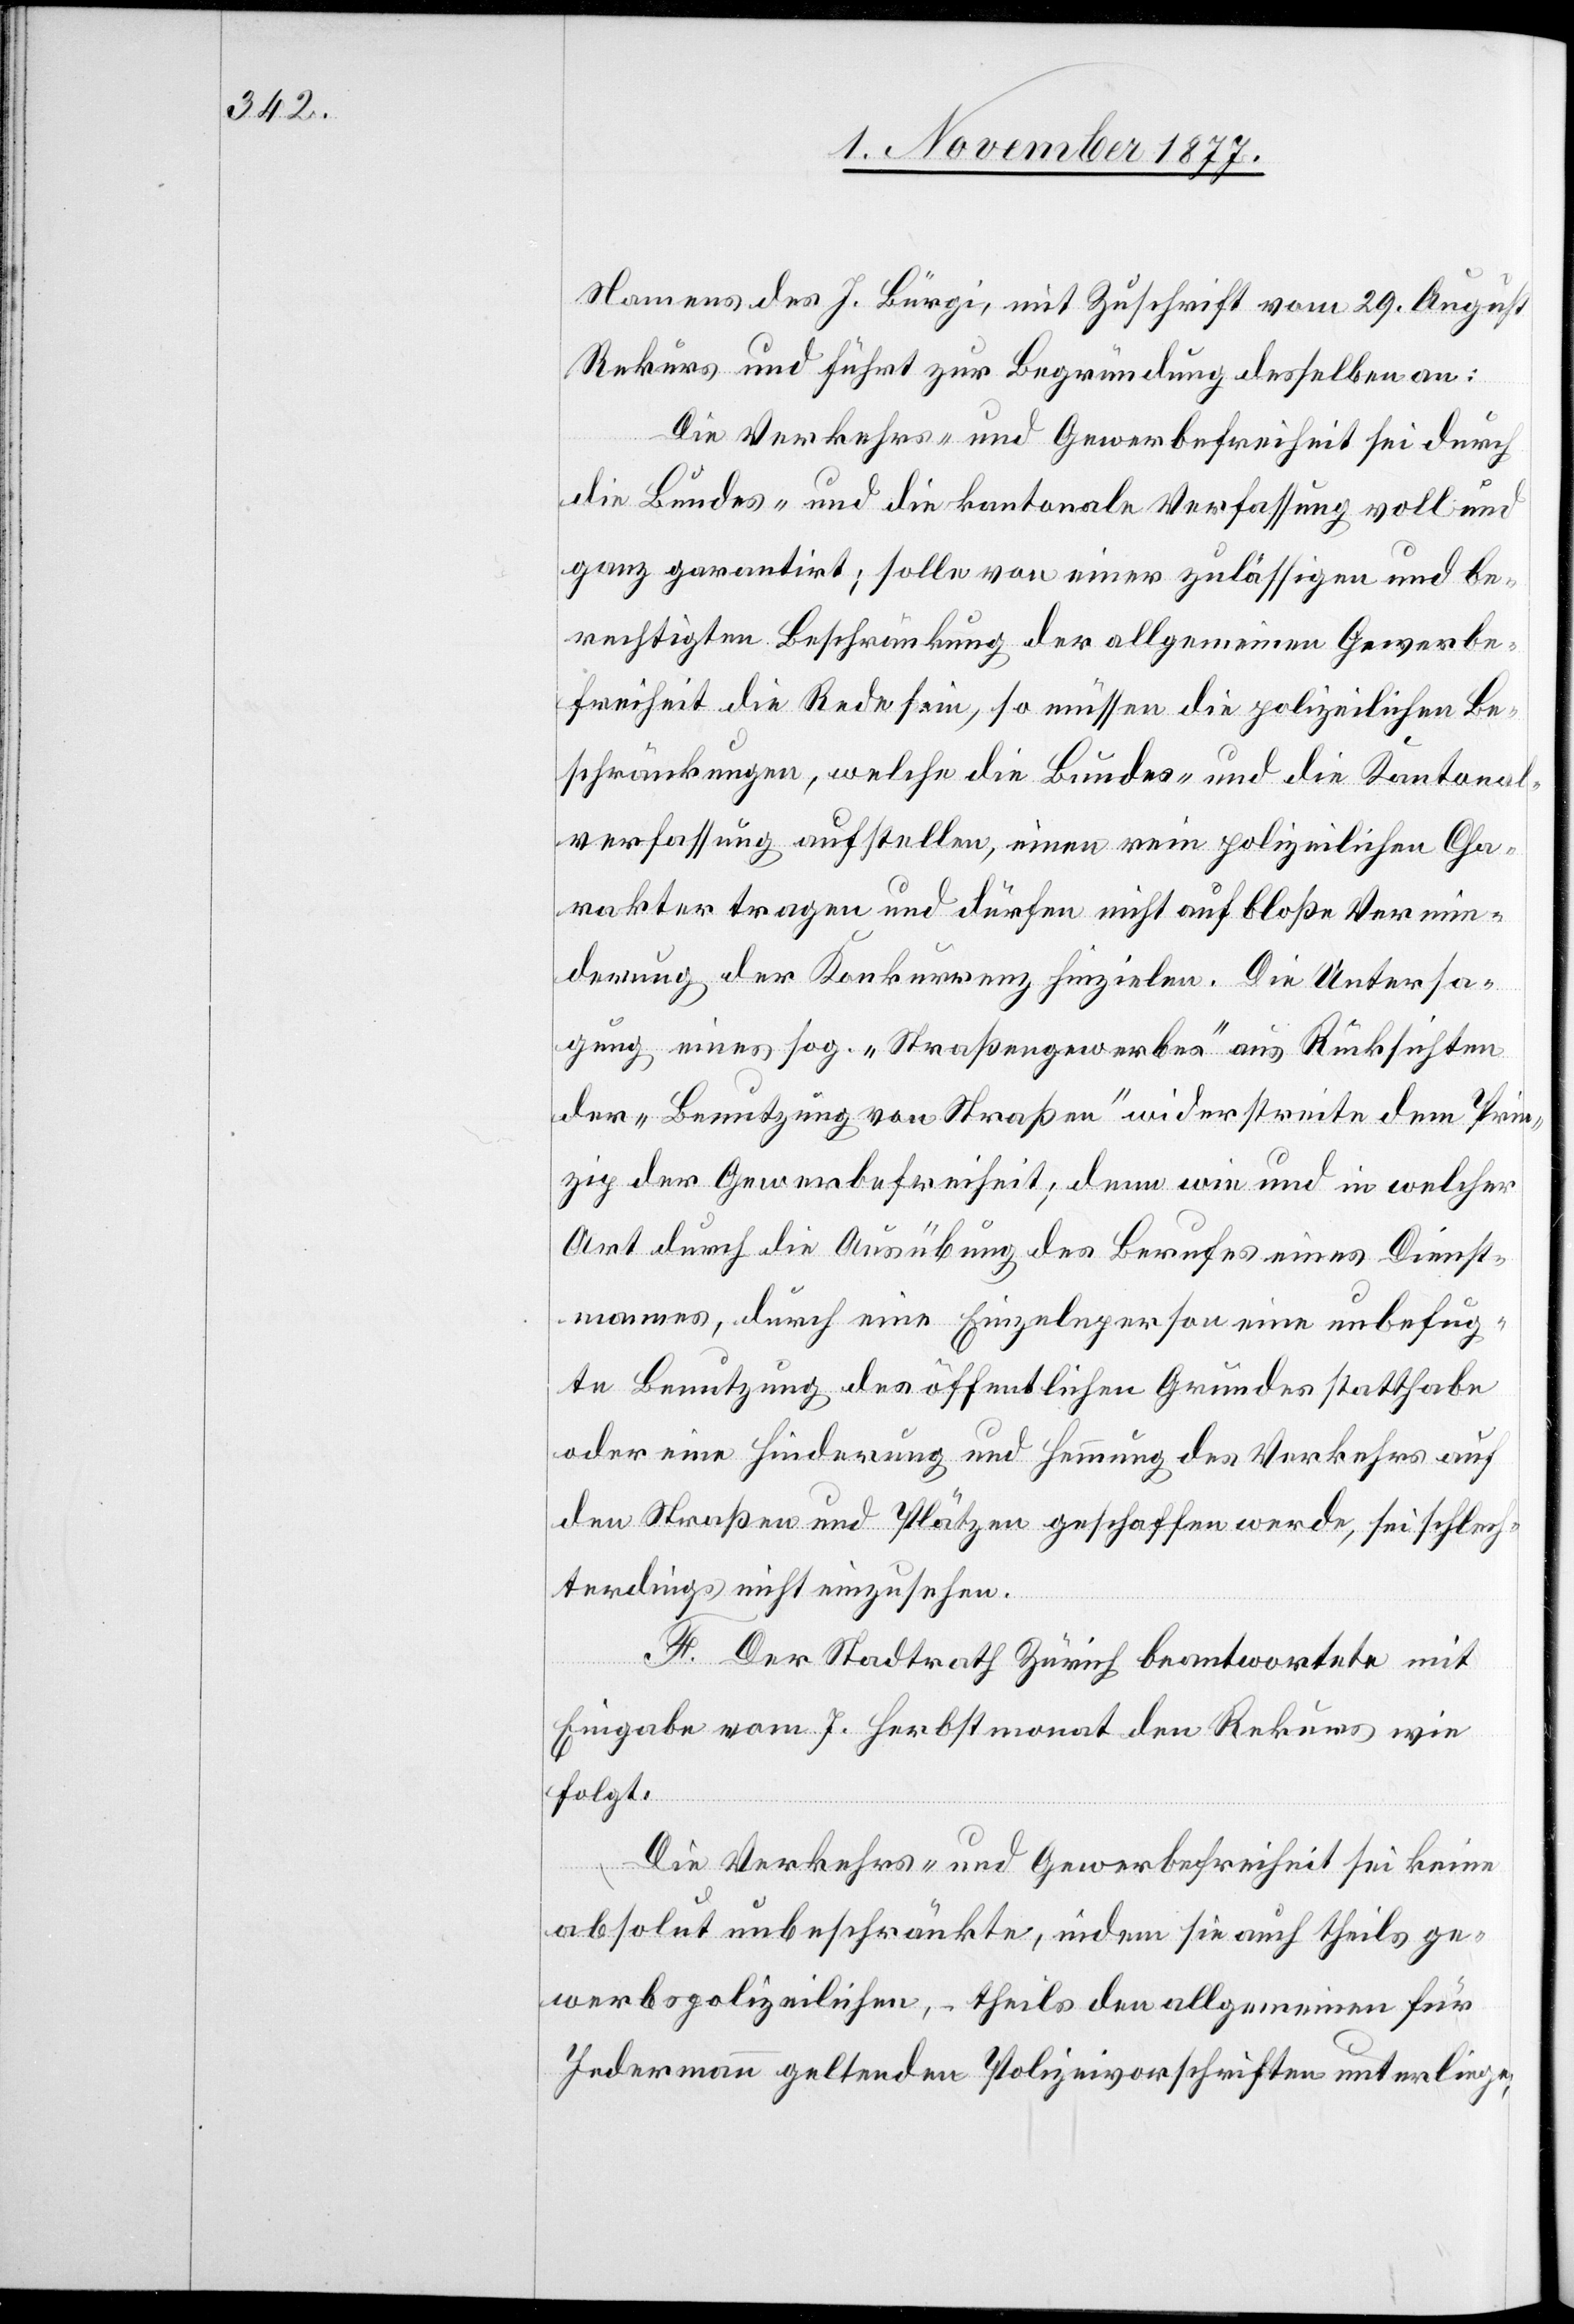
Namens des J. Bürgi, mit Zuschrift vom 29. August
Rekurs und führt zur Begründung desselben an:
Die Verkehrs- und Gewerbefreiheit sei durch
die Bundes- und die kantonale Verfassung voll und
ganz garantirt; solle von einer zulässigen und be¬
rechtigten Beschränkung der allgemeinen Gewerbe¬
freiheit die Rede sein, so müssen die polizeilichen Be¬
schränkungen, welche die Bundes- und die Kantonal¬
verfassung aufstellen, einen rein polizeilichen Cha¬
rakter tragen und dürfen nicht auf bloße Vermin¬
derung der Konkurrenz hinzielen. Die Untersa¬
gung eines sog. „Straßengewerbes“ aus Rücksichten
der „Benutzung von Straßen“ widerstreite dem Prin¬
zip der Gewerbefreiheit; denn wie und in welcher
Art durch die Ausübung des Berufes eines Dienst¬
mannes, durch eine Einzelnperson eine unbefug¬
te Benutzung des öffentlichen Grundes statthabe
oder eine Hinderung und Hemmung des Verkehrs auf
den Straßen und Plätzen geschaffen werde, sei schlech¬
terdings nicht einzusehen.
F. Der Stadtrath Zürich beantwortete mit
Eingabe vom 7. Herbstmonat den Rekurs wie
folgt:
Die Verkehrs- und Gewerbefreiheit sei keine
absolut unbeschränkte, indem sie auch theils ge¬
werbspolizeilichen, – theils den allgemeinen für
Jedermann geltenden Polizeivorschriften unterliege;